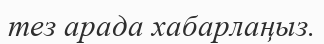
тез арада хабарлаңыз.